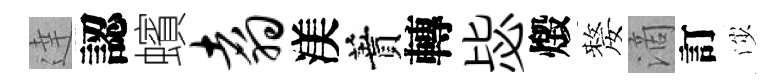
達認蠙翥渼蕡轉毖燬嫠滴訂渉